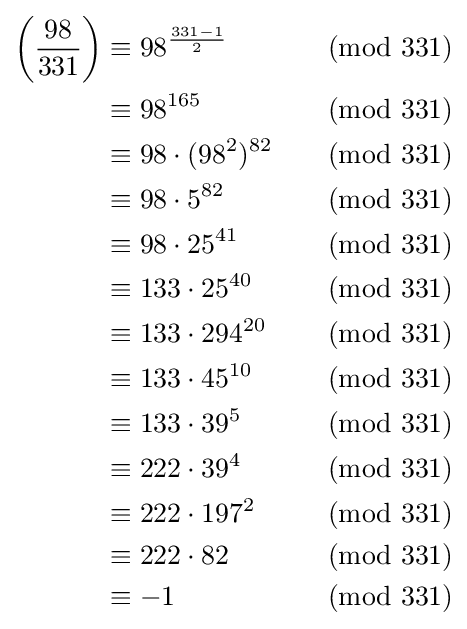
{\begin{aligned}\left({\frac {98}{331}}\right)&\equiv 98^{\frac {331-1}{2}}&{\pmod {331}}\\&\equiv 98^{165}&{\pmod {331}}\\&\equiv 98\cdot (98^{2})^{82}&{\pmod {331}}\\&\equiv 98\cdot 5^{82}&{\pmod {331}}\\&\equiv 98\cdot 25^{41}&{\pmod {331}}\\&\equiv 133\cdot 25^{40}&{\pmod {331}}\\&\equiv 133\cdot 294^{20}&{\pmod {331}}\\&\equiv 133\cdot 45^{10}&{\pmod {331}}\\&\equiv 133\cdot 39^{5}&{\pmod {331}}\\&\equiv 222\cdot 39^{4}&{\pmod {331}}\\&\equiv 222\cdot 197^{2}&{\pmod {331}}\\&\equiv 222\cdot 82&{\pmod {331}}\\&\equiv -1&{\pmod {331}}\end{aligned}}